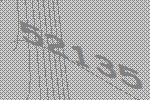
52135